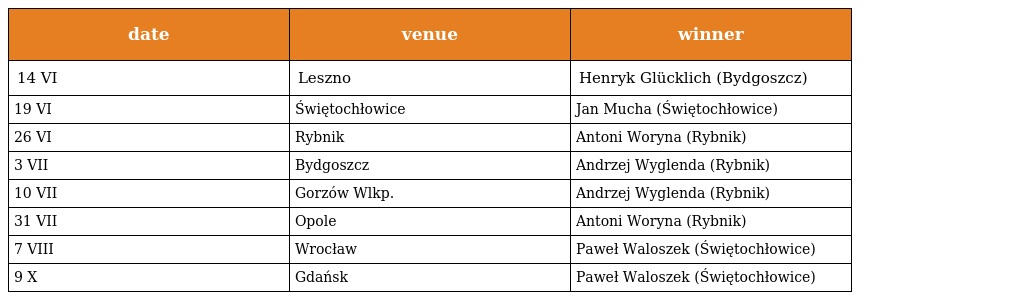
| date | venue | winner |
 | --- | --- | --- |
 | 14 VI | Leszno | Henryk Glücklich (Bydgoszcz) |
 | 19 VI | Świętochłowice | Jan Mucha (Świętochłowice) |
 | 26 VI | Rybnik | Antoni Woryna (Rybnik) |
 | 3 VII | Bydgoszcz | Andrzej Wyglenda (Rybnik) |
 | 10 VII | Gorzów Wlkp. | Andrzej Wyglenda (Rybnik) |
 | 31 VII | Opole | Antoni Woryna (Rybnik) |
 | 7 VIII | Wrocław | Paweł Waloszek (Świętochłowice) |
 | 9 X | Gdańsk | Paweł Waloszek (Świętochłowice) |